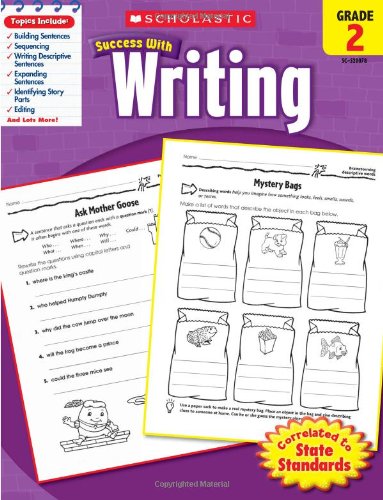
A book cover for Scholastic Success with Writing, Grade 2; Scholastic; Reference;